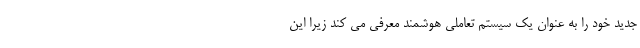
جدید خود را به عنوان یک سیستم تعاملی هوشمند معرفی می کند زیرا این